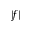
| f |